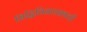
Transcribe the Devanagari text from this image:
सिद्धिविनायकाची